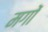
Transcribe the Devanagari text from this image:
मगों